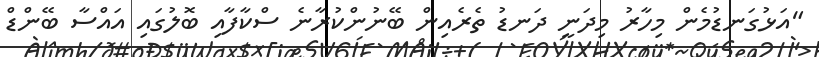
"އަޅުގަނޑުމެން މިހާރު މިދަނީ ދަނޑު ތެރެއިން ބޭނުންކުރާނެ ސްކާފާއި ބޮލުގައި އައްސާ ބޭންޑް